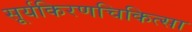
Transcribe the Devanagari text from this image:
सूर्यकिरणचिकित्सा